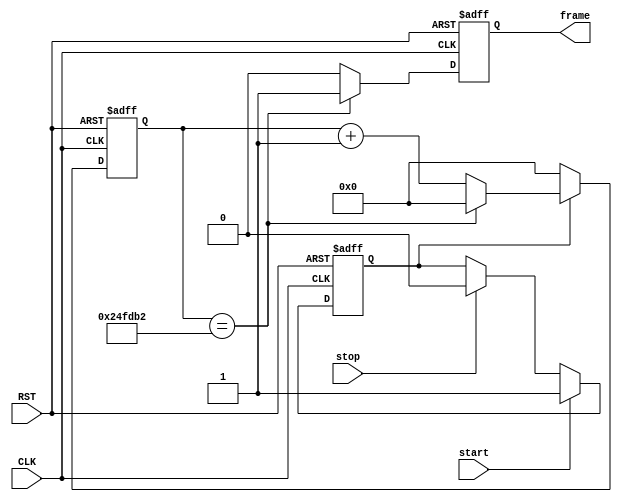

module fps30
  (
   input      CLK,
   input      RST,

   input      start,
   input      stop,
   output reg frame
   );

   parameter max_counter = 32'd2424242;
 
   reg [31:0] counter;
   reg        started;
   
   always @(posedge CLK or negedge RST)
     begin
        if (!RST)
          started <= 1'b0;
        else begin
           if (start)
             started <= 1'b1;
           else if (stop)
             started <= 1'b0;
        end
     end

   always @(posedge CLK or negedge RST)
     begin
        if (!RST)
          counter <= 32'h0;
        else begin
           if (started) begin
              if (counter == max_counter)
                counter <= 32'h0;
              else
                counter <= counter + 32'd1;
           end else
             counter <= 32'h0;
        end                 
     end
     
   always @(posedge CLK or negedge RST)
     begin
        if (!RST)
          frame <= 1'b0;
        else begin
          if (counter == max_counter)
            frame <= 1'b1;
          else
            frame <= 1'b0;
        end
     end

endmodule // fps30